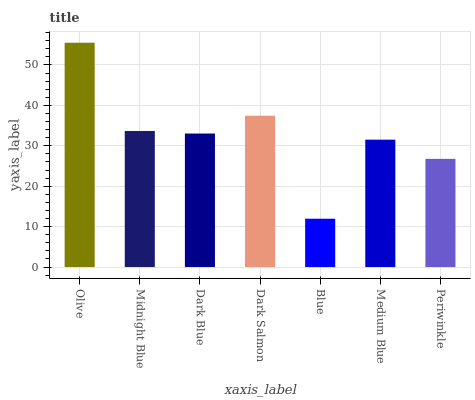
| xaxis_label | bars |
 | --- | --- |
 | Olive | 55.5 |
 | Midnight Blue | 33.7 |
 | Dark Blue | 33 |
 | Dark Salmon | 37.4 |
 | Blue | 12 |
 | Medium Blue | 31.5 |
 | Periwinkle | 26.8 |